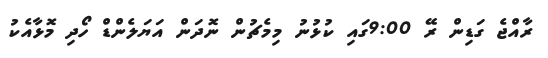
ރާއްޖެ ގަޑިން ރޭ 9:00ގައި ކުޅުނު މިމެޗުން ނޮދަން އަޔަލެންޑް ހޯދި މޮޅާއެކު